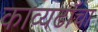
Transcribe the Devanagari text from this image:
काव्यढाँचा